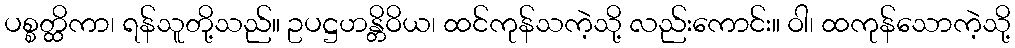
ပစ္စတ္ထိကာ၊ ရန်သူတို့သည်။ ဥပဋ္ဌဟန္တိဝိယ၊ ထင်ကုန်သကဲ့သို့ လည်းကောင်း။ ဝါ၊ ထကုန်သောကဲ့သို့